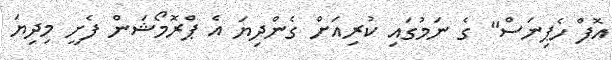
އޮފް ހެޕިނަސް" ގެ ނަމުގައި ކުރިއަށް ގެންދިޔަ އެ ޕްރޮމޯޝަން ފެށީ މިދިޔަ